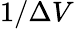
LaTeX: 1/\Delta V